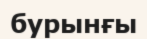
бурынғы